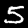
Label: 5